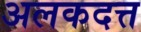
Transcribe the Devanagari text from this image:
अलकदत्त